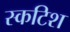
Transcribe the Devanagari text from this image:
स्कटिश